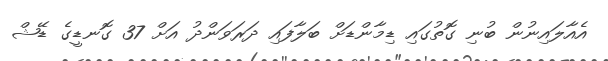
އެއާލައިނުން ބުނި ގޮތުގައި ޑިމާންޑަށް ބަލާފައި ދަރަވަންދު އަށް 37 ގޮނޑީގެ ޑޭޝް